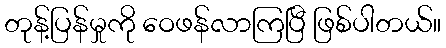
တုန့်ပြန်မှုကို ဝေဖန်လာကြပြီ ဖြစ်ပါတယ်။